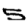
Digit: 5